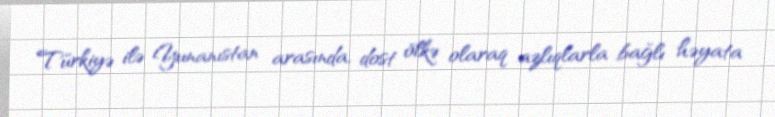
Türkiyə ilə Yunanıstan arasında, dost ölkə olaraq azlıqlarla bağlı həyata